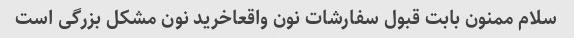
سلام ممنون بابت قبول سفارشات نون واقعاخرید نون مشکل بزرگی است